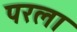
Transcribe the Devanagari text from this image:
परला